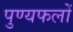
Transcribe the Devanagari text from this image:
पुण्यफलों